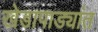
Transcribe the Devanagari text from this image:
खेडापाड्यांत